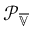
\mathcal { P } _ { \overline { { \mathbb { V } } } }